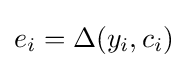
e_{i}=\Delta (y_{i},c_{i})